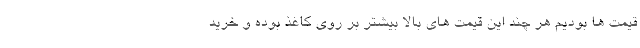
قیمت ها بودیم هر چند این قیمت های بالا بیشتر بر روی کاغذ بوده و خرید